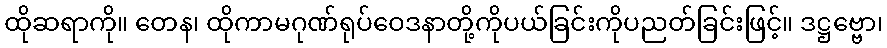
ထိုဆရာကို။ တေန၊ ထိုကာမဂုဏ်ရုပ်ဝေဒနာတို့ကိုပယ်ခြင်းကိုပညတ်ခြင်းဖြင့်။ ဒဋ္ဌဗ္ဗော၊